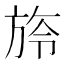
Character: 旍